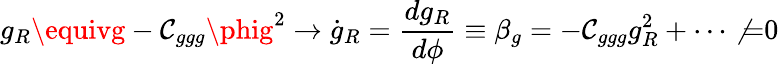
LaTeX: g_{R}\equivg-\mathcal{C}_{ggg}\phig^{2}\to\dot{{g}}_{R}={\frac{{dg_{R}}}{{d\phi}}}\equiv\beta_{g}=-\mathcal{C}_{ggg}g_{R}^{2}+\cdots\not{=}0